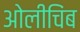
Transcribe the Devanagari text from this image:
ओलीचिंब